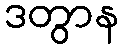
ဒတွာန